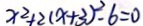
x ^ { 2 } + 2 ( x + 3 ) ^ { 2 } - 6 = 0